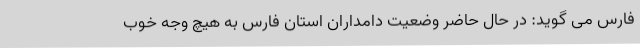
فارس می گوید: در حال حاضر وضعیت دامداران استان فارس به هیچ وجه خوب